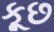
કૂછ